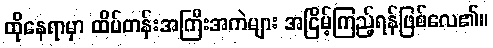
ထိုနေရာမှာ ထိပ်တန်းအကြီးအကဲများ အငြိမ့်ကြည့်ရန်ဖြစ်လေ၏။